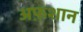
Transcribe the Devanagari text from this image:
अफ़शान